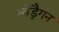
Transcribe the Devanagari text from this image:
श्वेड्रैगन